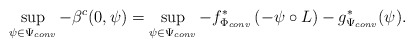
\begin{align*}\sup_{\psi\in\Psi_{conv}} - \beta^c (0,\psi) =\sup_{\psi\in\Psi_{conv}} -f^*_{\Phi_{conv}} \left(- \psi\circ L \right) -g^{*}_{\Psi_{conv}} (\psi).\end{align*}